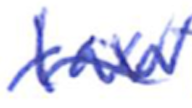
Text: law
Cross-out: wave
Writing tool: ballpoint